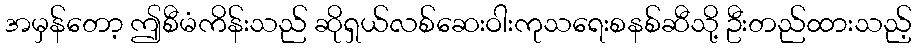
အမှန်တော့ ဤစီမံကိန်းသည် ဆိုရှယ်လစ်ဆေးဝါးကုသရေးစနစ်ဆီသို့ ဦးတည်ထားသည့်